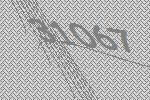
31067